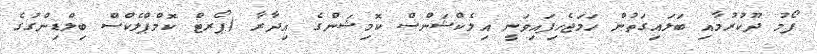
ފޯމު ދޫކުރުމާއި ބަލައިގަތުން ހަމަޖެހިފައިވަނީ އިލެކްޝަންސް ކޮމިޝަންގެ އިދާރާ (ޕޯރޓް ކޮމްޕްލެކްސް ބިލްޑިންގުގެ